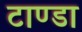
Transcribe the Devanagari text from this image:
टाण्‍डा